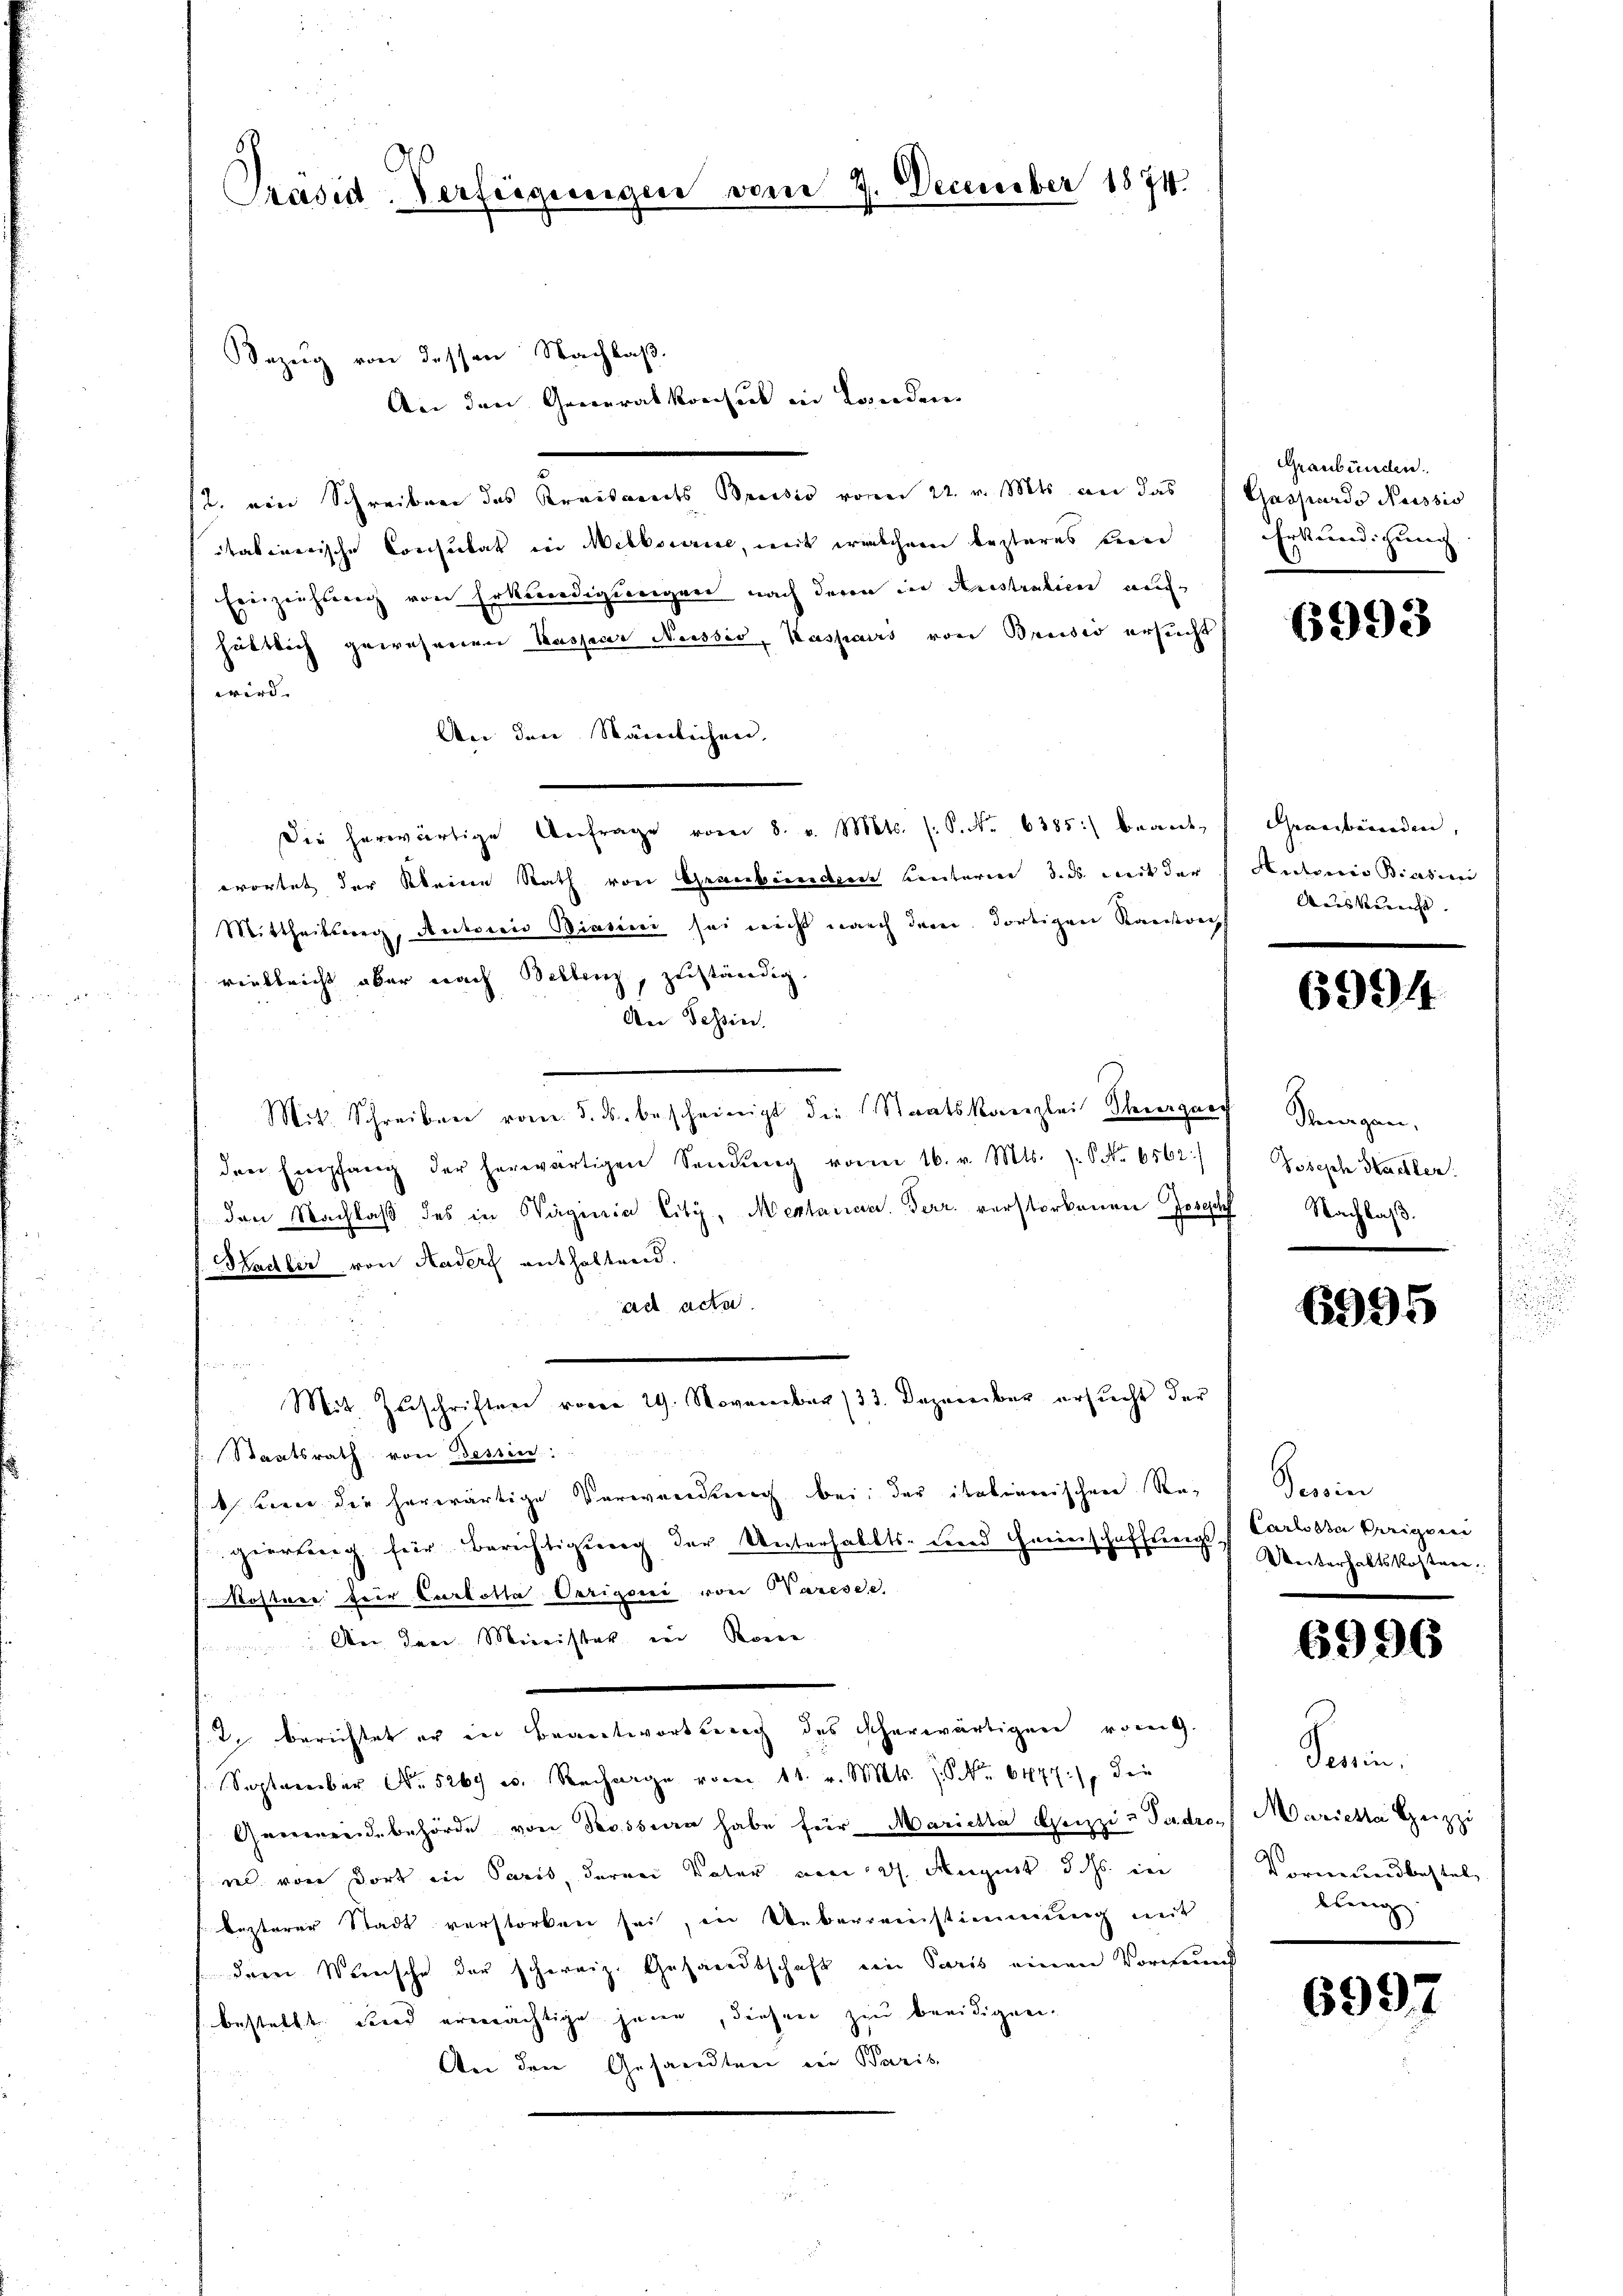
Präsid. Verfügungen vom 7. December 1874.

Bezug von dessen Nachlaß.
An den Generalkonsul in Landen
2. ein Schreiben des Kreisamts Breisis vom 22. v. Mts. an das
itatierische Consulat in Melbourice, mit welchem besteres ein
Einziehung von Erkundigungen nach deren in derstralien auch
hättlich gewesenen Kassaver Neissio, Kaspars von Brusio ersucht
wird. |
An den Stämmlichen.
Die herwärtige Anfrage vom 8. v. Mts. (S. Nr. 6385) beantwortet der Kleine Rath von Graubeindruck hinterm 3. ds. mit der
Mittheilsweg, Autoris Biascui sei nicht nach dem dortigen Ransrech
viiblricht aber nach Bellenz, zuständig
An Tessin.
Mit. Schreiben vom 5. ds. bescheinigt die Staatskanzlei Thurgau
den Empfang der herwärtigen Sendŭng von 16. v. Mts. S. Nr. 6562)
den Nachlaß des in Waginia Eity, Mentarian. Ferr. verstorbenen Joseph
Sachler von Hader enthaltend.
ad acta
Mit Zuschriften vom 29. November 133. Dezember ersucht der
Staatsrath von Tessin:
1 ten die herwärtige Verwandung bei: der italienischen Re¬ Tessin
gierung für Berichtigung der Unterhalts- und Heimschaffungs Carlosa Gerigeni
 Kostere Herr Carlotta Oerigoni von Warese,
: An den Minister in Reine
sit. berichtet er in Beantwortung des scherwärtigen vor.
September No. 526 u. Rechnege vom 11. v. Mts. No 6477), die
Gemeindebehörde von Rossen habe für Marichte Geizzi-Tadrere von dort ein Paris, daran Vater von dh. August d. Js. in
lezterer Stadt verstorben sei, in Ueberreinstimmung mit
dern Wernische der schweiz. Gesandtschaft ein Paris einen Vormund
bestellt und ermächtige jene, diesen zu beeidigen-
An den Gesandten ein Paris

Graubünden.
Gaspardo Nussis
Erkundigung

6993

Gewerbenenden,
Antonis Biasini
Ausberecht.

6994

Stengen,
Joseph Hechten.
Nachlaß.

6995

Unterhaltskostern

6996

Perin.
Mariche Heizzi
Vormundbestel
lung.

6997